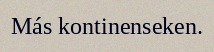
Más kontinenseken.